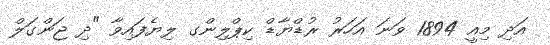
އަދި މިއީ 1894 ވަނަ އަހަރު ރުޑްޔާޑް ކިޕްލިންގ ލިޔެފައިވާ "ދި ޖަންގަލް